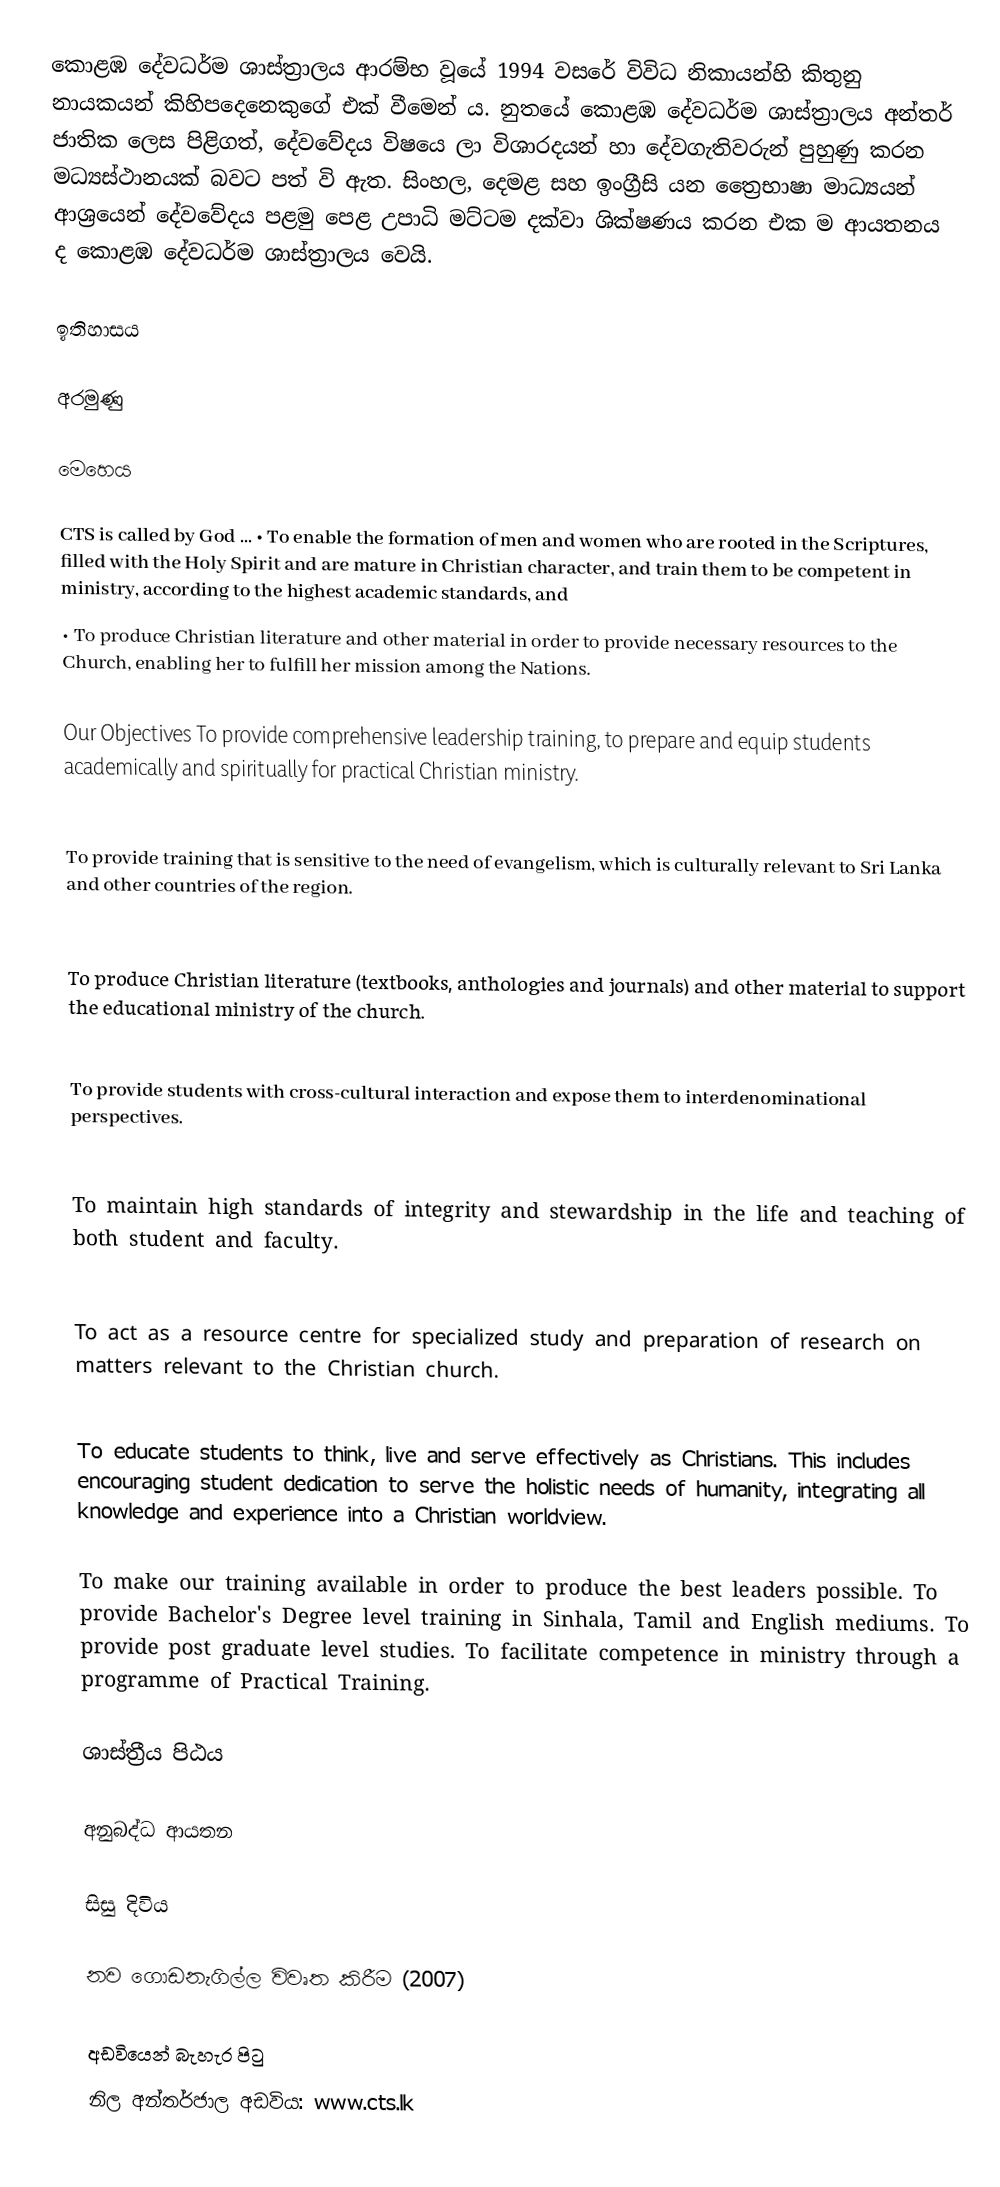
කොළඹ දේවධර්ම ශාස්ත්‍රාලය ආරම්භ වූයේ 1994 වසරේ විවිධ නිකායන්හි කිතුනු නායකයන් කිහිපදෙනෙකුගේ එක් වීමෙන් ය. නුතයේ කොළඹ දේවධර්ම ශාස්ත්‍රාලය අන්තර් ජාතික ලෙස පිළිගත්, දේවවේදය විෂයෙ ලා විශාරදයන් හා දේවගැතිවරුන් පුහුණු කරන මධ්‍යස්ථානයක් බවට පත් වි ඇත. සිංහල, දෙමළ සහ ඉංග්‍රීසි යන ත්‍රෛභාෂා මාධ්‍යයන් ආශ්‍රයෙන් දේවවේදය  පළමු පෙළ උපාධි මට්ටම දක්වා ශික්ෂණය කරන එක ම  ආයතනය ද කොළඹ දේවධර්ම ශාස්ත්‍රාලය වෙයි.

ඉතිහාසය

අරමුණු

මෙහෙය

CTS is called by God ... • To enable the formation of men and women who are rooted in the Scriptures, filled with the Holy Spirit and are mature in Christian character, and train them to be competent in ministry, according to the highest academic standards, and
• To produce Christian literature and other material in order to provide necessary resources to the Church, enabling her to fulfill her mission among the Nations.

Our Objectives  To provide comprehensive leadership training, to prepare and equip students academically and spiritually for practical Christian ministry.

 To provide training that is sensitive to the need of evangelism, which is culturally relevant to Sri Lanka and other countries of the region.

 To produce Christian literature (textbooks, anthologies and journals) and other material to support the educational ministry of the church.

 To provide students with cross-cultural interaction and expose them to interdenominational perspectives.

 To maintain high standards of integrity and stewardship in the life and teaching of both student and faculty.

 To act as a resource centre for specialized study and preparation of research on matters relevant to the Christian church.

 To educate students to think, live and serve effectively as Christians. This includes encouraging student dedication to serve the holistic needs of humanity, integrating all knowledge and experience into a Christian worldview.

 To make our training available in order to produce the best leaders possible. To provide Bachelor's Degree level training in Sinhala, Tamil and English mediums. To provide post graduate level studies. To facilitate competence in ministry through a programme of Practical Training.

ශාස්ත්‍රීය පිඨය

අනුබද්ධ ආයතන

සිසු දිවිය

නව ගොඩනැගිල්ල විවෘත කිරීම (2007)

අඩවියෙන් බැහැර පිටු
නිල අන්තර්ජාල අඩවිය: www.cts.lk